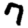
Digit: 7